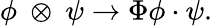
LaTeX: \phi~\otimes~\psi\rightarrow\Phi\phi\cdot\psi.